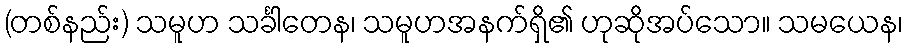
(တစ်နည်း) သမူဟ သင်္ခါတေန၊ သမူဟအနက်ရှိ၏ ဟုဆိုအပ်သော။ သမယေန၊